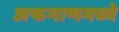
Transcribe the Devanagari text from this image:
अफगाणमध्ये